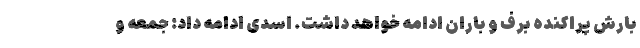
بارش پراکنده برف و باران ادامه خواهد داشت. اسدی ادامه داد: جمعه و